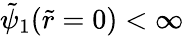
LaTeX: \tilde{\psi}_{1}(\tilde{r}=0)<\infty